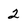
Character: 2